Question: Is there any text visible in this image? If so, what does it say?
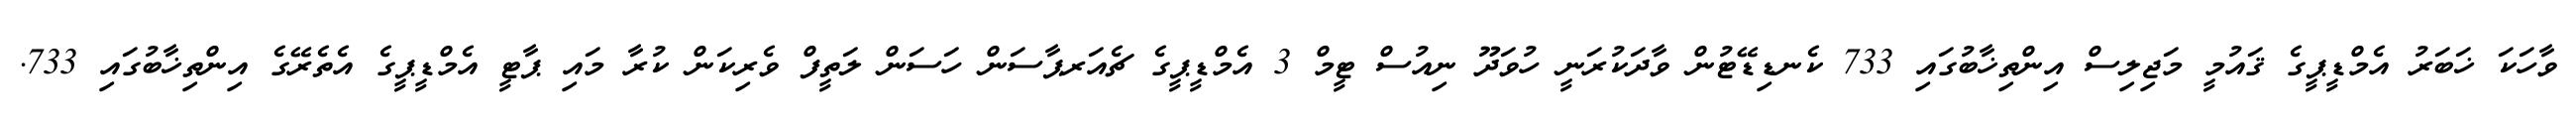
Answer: ވާހަކަ ޚަބަރު އެމްޑީޕީގެ ޤައުމީ މަޖިލިސް އިންތިޚާބުގައި 733 ކެނޑިޑޭޓުން ވާދަކުރަނީ ހުވަދޫ ނިއުސް ޓީމް 3 އެމްޑީޕީގެ ޗެއަރޕާސަން ހަސަން ލަތީފް ވެރިކަން ކުރާ މައި ޕާޓީ އެމްޑީޕީގެ އެތެރޭގެ އިންތިޚާބުގައި 733.